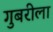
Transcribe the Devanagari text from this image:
गुबरीला